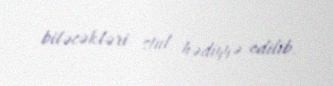
biləcəkləri stul hədiyyə edilib.